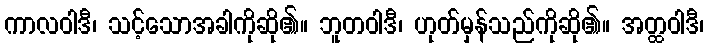
ကာလဝါဒီ၊ သင့်သောအခါကိုဆို၏။ ဘူတဝါဒီ၊ ဟုတ်မှန်သည်ကိုဆို၏။ အတ္ထဝါဒီ၊